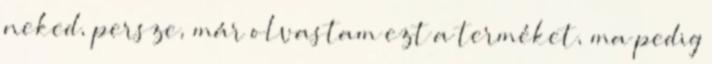
neked, persze, már olvastam ezt a terméket, ma pedig